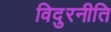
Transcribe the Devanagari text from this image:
विदुरनीति